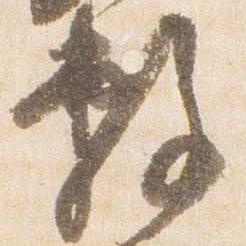
敷